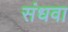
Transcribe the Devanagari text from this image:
संधवा